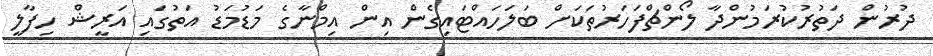
ދުރުން ދަތުރުކުރަމުންދާ ލޯންޗްފަހަރުތަކަށް ބަލަހައްޓައިގެން އިން އިމްނާގެ މަޑުމަޑު އަތުގައި އަރީޝް ހިފާލީ